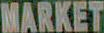
MARKET